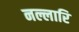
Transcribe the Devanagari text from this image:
नल्लारि